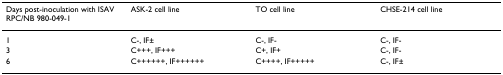
<table><thead><tr><td><b>Days post-inoculation with ISAV RPC/NB 980-049-1</b></td><td><b>ASK-2 cell line</b></td><td><b>TO cell line</b></td><td><b>CHSE-214 cell line</b></td></tr></thead><tbody><tr><td>1</td><td>C-, IF±</td><td>C-, IF-</td><td>C-, IF-</td></tr><tr><td>3</td><td>C+++, IF+++</td><td>C+, IF+</td><td>C-, IF-</td></tr><tr><td>6</td><td>C++++++, IF++++++</td><td>C++++, IF+++++</td><td>C-, IF±</td></tr></tbody></table>